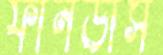
ফানডাস